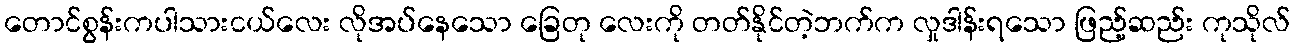
တောင်စွန်းကပါသားငယ်လေး လိုအပ်နေသော ခြေတု လေးကို တတ်နိုင်တဲ့ဘက်က လှုဒါန်းရသော ဖြည့်ဆည်း ကုသိုလ်